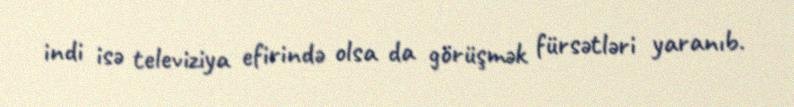
indi isə televiziya efirində olsa da görüşmək fürsətləri yaranıb.